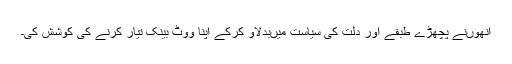
انھوںنے پچھڑے طبقے اور دلت کی سیاست میںبدلاؤ کرکے اپنا ووٹ بینک تیار کرنے کی کوشش کی۔